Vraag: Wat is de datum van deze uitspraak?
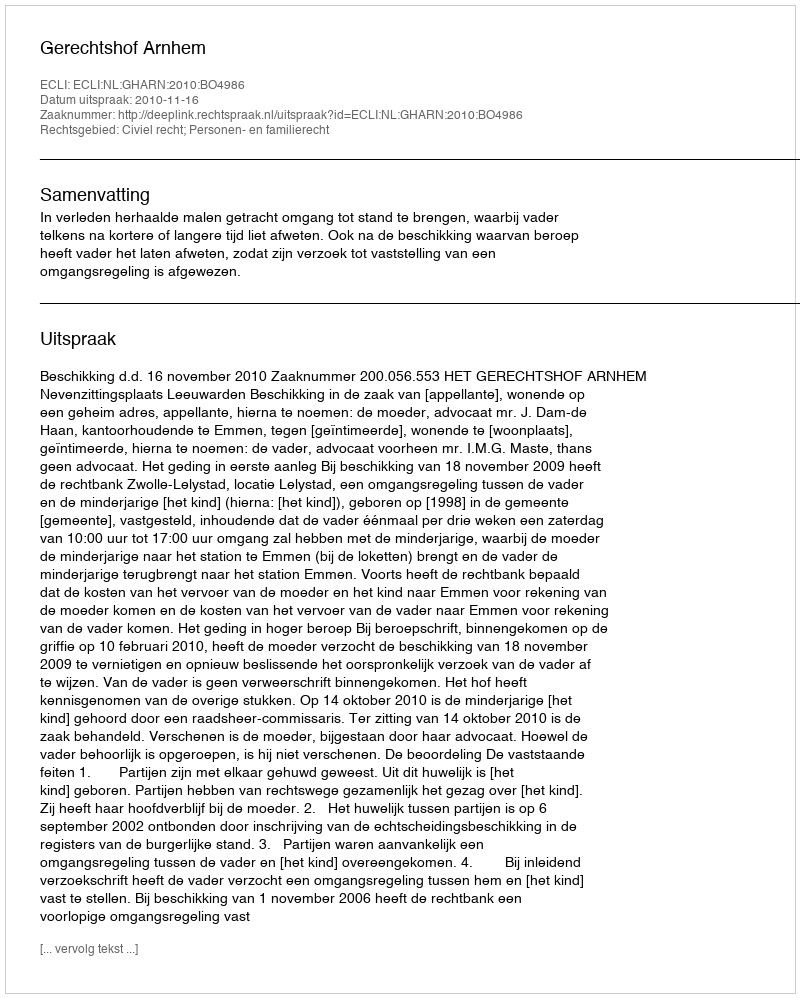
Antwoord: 2010-11-16